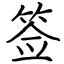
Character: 签